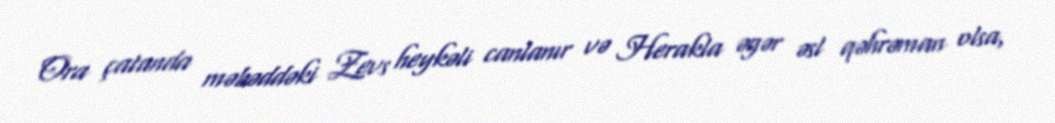
Ora çatanda məbəddəki Zevs heykəli canlanır və Herakla əgər əsl qəhrəman olsa,